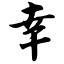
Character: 幸